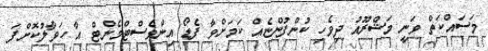
މަސައްކަތް ވަނީ މަޝްރޫއު ދިވެހި ކުންފުންޏެއް ކަމަށްވާ ފެޑޯ އިންވެސްޓްމެންޓް އާ ހަވާލުކޮށްފަ